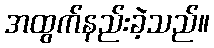
အထွက်နည်းခဲ့သည်။